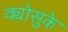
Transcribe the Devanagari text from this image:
क्योसुके